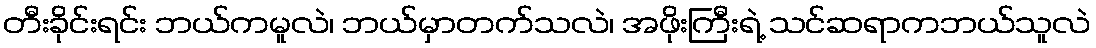
တီးခိုင်းရင်း ဘယ်ကမူလဲ၊ ဘယ်မှာတက်သလဲ၊ အဖိုးကြီးရဲ့ သင်ဆရာကဘယ်သူလဲ